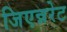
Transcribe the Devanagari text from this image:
जिएन्नरेट